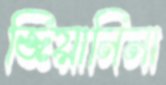
জিয়ানিনা